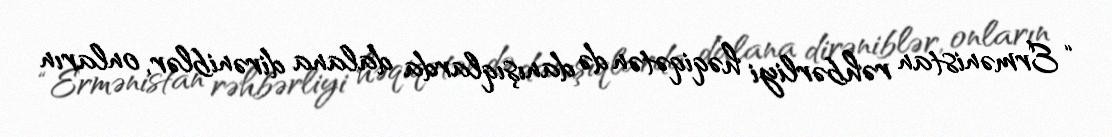
“Ermənistan rəhbərliyi həqiqətən də danışıqlarda dalana dirəniblər, onların